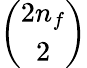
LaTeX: \binom{2n_{f}}{2}